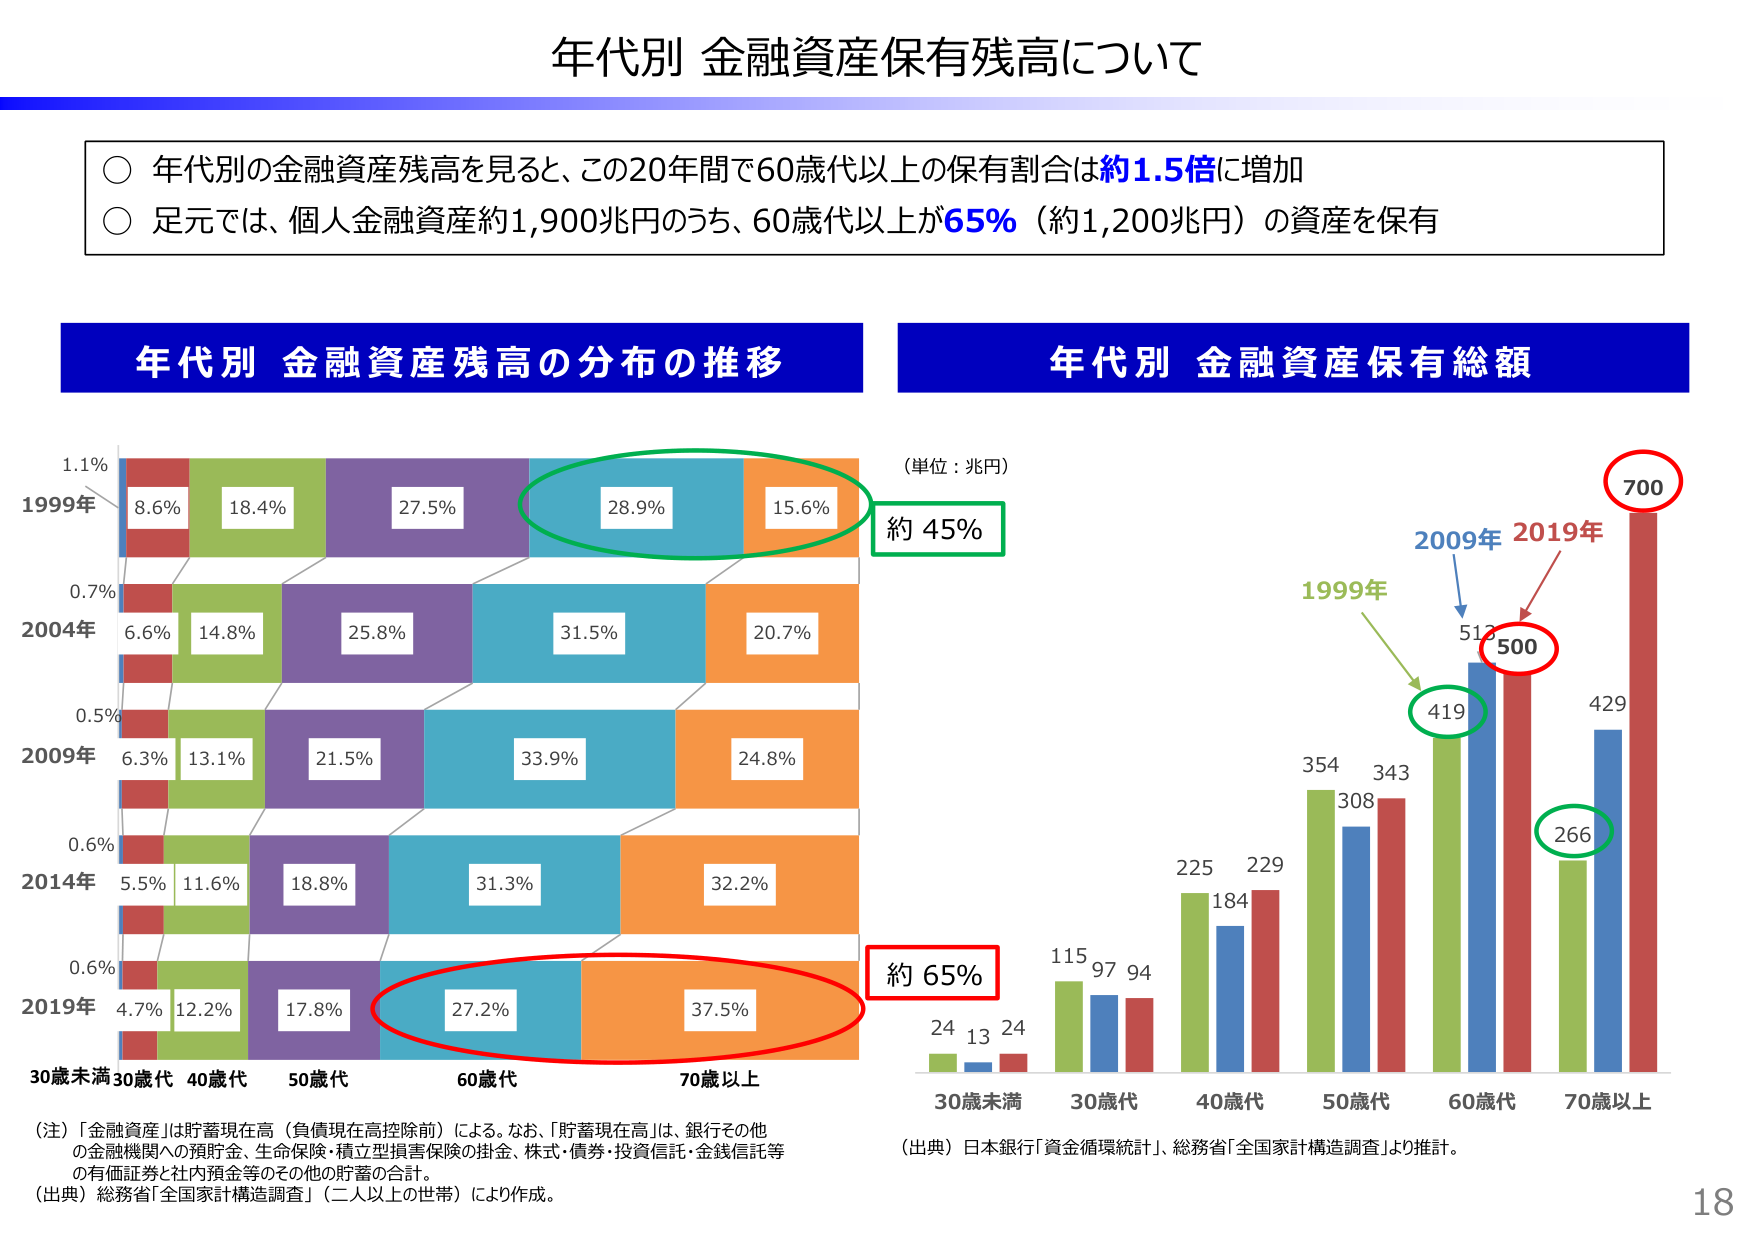
年代別 金融資産保有残高について

○ 年代別の金融資産残高を見ると、この20年間で60歳代以上の保有割合は約1.5倍に増加
○ 足元では、個人金融資産約1,900兆円のうち、60歳代以上が65%（約1,200兆円）の資産を保有

年代別 金融資産残高の分布の推移

1999年
1.1%
8.6% 18.4% 27.5% 28.9% 15.6%

2004年
0.7%
6.6% 14.8% 25.8% 31.5% 20.7%

2009年
0.5%
6.3% 13.1% 21.5% 33.9% 24.8%

2014年
0.6%
5.5% 11.6% 18.8% 31.3% 32.2%

2019年
0.6%
4.7% 12.2% 17.8% 27.2% 37.5%

30歳未満 30歳代 40歳代 50歳代 60歳代 70歳以上

（注）「金融資産」は貯蓄現在高（負債現在高控除前）による。なお、「貯蓄現在高」は、銀行その他
の金融機関への預貯金、生命保険・積立型損害保険の掛金、株式・債券・投資信託・金銭信託等
の有価証券と社内預金等のその他の貯蓄の合計。
（出典）総務省「全国家計構造調査」（二人以上の世帯）により作成。

年代別 金融資産保有総額

（単位：兆円）

1999年
24 13 24 115 97 94 225 184 229 354 308 343 419 513

2009年
24 13 24 115 97 94 225 184 229 354 308 343 419 513

2019年
24 13 24 115 97 94 225 184 229 354 308 343 266 500 429 700

30歳未満 30歳代 40歳代 50歳代 60歳代 70歳以上

（出典）日本銀行「資金循環統計」、総務省「全国家計構造調査」より推計。

約45%
約65%

18